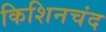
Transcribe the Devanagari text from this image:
किशिनचंद